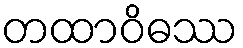
တထာဝိဓဿ